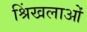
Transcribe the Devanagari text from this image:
श्रिंखलाओं